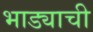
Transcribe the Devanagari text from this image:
भाड्याची